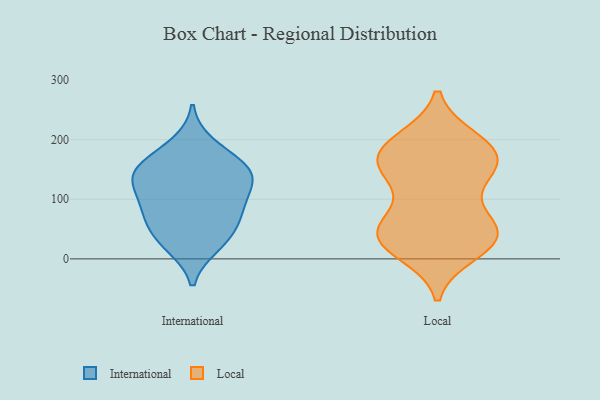
{"axis": {"x": "Customer Acquisition Cost (USD)", "y": "Value"}, "legend": ["International", "Local"], "data": [{"x": "", "y": 26, "type": "International"}, {"x": "", "y": 80, "type": "International"}, {"x": "", "y": 165, "type": "International"}, {"x": "", "y": 22, "type": "International"}, {"x": "", "y": 146, "type": "International"}, {"x": "", "y": 53, "type": "International"}, {"x": "", "y": 130, "type": "International"}, {"x": "", "y": 131, "type": "International"}, {"x": "", "y": 192, "type": "International"}, {"x": "", "y": 59, "type": "International"}, {"x": "", "y": 93, "type": "International"}, {"x": "", "y": 142, "type": "International"}, {"x": "", "y": 151, "type": "International"}, {"x": "", "y": 96, "type": "International"}, {"x": "", "y": 49, "type": "Local"}, {"x": "", "y": 199, "type": "Local"}, {"x": "", "y": 199, "type": "Local"}, {"x": "", "y": 23, "type": "Local"}, {"x": "", "y": 166, "type": "Local"}, {"x": "", "y": 47, "type": "Local"}, {"x": "", "y": 148, "type": "Local"}, {"x": "", "y": 155, "type": "Local"}, {"x": "", "y": 42, "type": "Local"}, {"x": "", "y": 12, "type": "Local"}, {"x": "", "y": 46, "type": "Local"}, {"x": "", "y": 176, "type": "Local"}, {"x": "", "y": 137, "type": "Local"}, {"x": "", "y": 163, "type": "Local"}, {"x": "", "y": 30, "type": "Local"}, {"x": "", "y": 183, "type": "Local"}, {"x": "", "y": 90, "type": "Local"}, {"x": "", "y": 43, "type": "Local"}]}